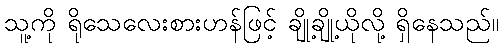
သူ့ကို ရိုသေလေးစားဟန်ဖြင့် ချို့ချို့ယိုလို့ ရှိနေသည်။